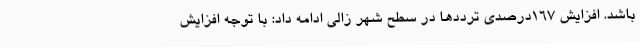
باشد. افزایش 167درصدی ترددها در سطح شهر زالی ادامه داد: با توجه افزایش